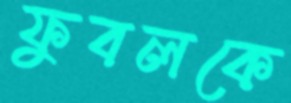
ফুবলকে